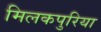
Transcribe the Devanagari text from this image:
मिलकपुरिया